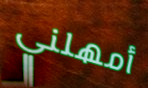
أمهلني